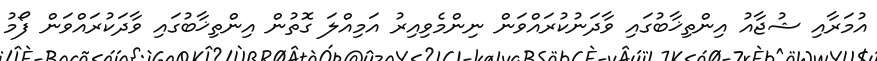
އުމަރާއި ޝުޖާއު އިންތިޚާބުގައި ވާދަނުކުރައްވަން ނިންމެވިއިރު އަމިއްލަ ގޮތުން އިންތިޚާބުގައި ވާދަކުރައްވަން ފޯމު